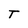
Character: T